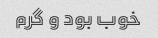
خوب بود و گرم